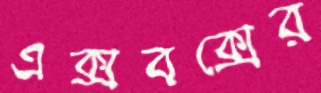
এক্সবক্সের